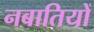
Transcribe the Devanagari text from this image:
नबातियों